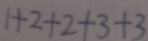
1 + 2 + 2 + 3 + 3